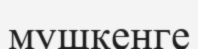
мушкенге